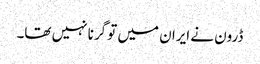
ڈرون نے ایران میں تو گرنا نہیں تھا۔